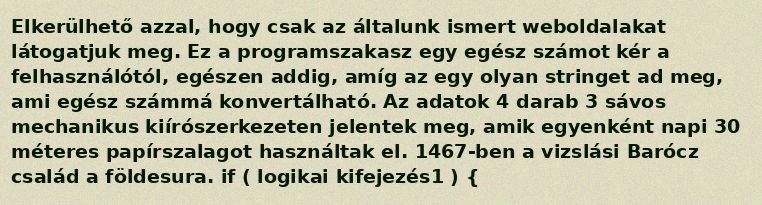
Elkerülhető azzal, hogy csak az általunk ismert weboldalakat látogatjuk meg. Ez a programszakasz egy egész számot kér a felhasználótól, egészen addig, amíg az egy olyan stringet ad meg, ami egész számmá konvertálható. Az adatok 4 darab 3 sávos mechanikus kiírószerkezeten jelentek meg, amik egyenként napi 30 méteres papírszalagot használtak el. 1467-ben a vizslási Barócz család a földesura. if ( logikai kifejezés1 ) {